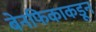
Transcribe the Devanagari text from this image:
बेनफिकाकडून